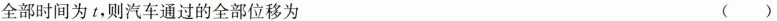
全部时间为t，则汽车通过的全部位移为 ( )